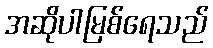
အဆိုပါမြစ်ရေသည်